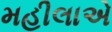
મહીલાએ